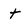
Character: t